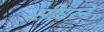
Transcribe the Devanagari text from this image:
सीधरने